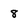
Character: 8